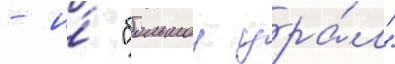
- и́ "большои ура́л"